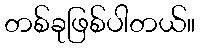
တစ်ခုဖြစ်ပါတယ်။